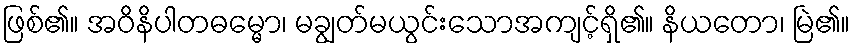
ဖြစ်၏။ အဝိနိပါတဓမ္မော၊ မချွတ်မယွင်းသောအကျင့်ရှိ၏။ နိယတော၊ မြဲ၏။